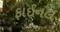
ફાઈનલ